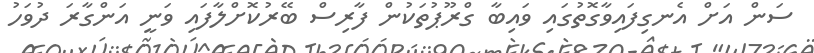
ސަން އަށް އެނގިފައިވާގޮތުގައި ވައިބާ ގްރޫޕުތަކުން ފާރިސް ބޭރުކޮށްލާފައި ވަނީ އަންގާރަ ދުވަހު